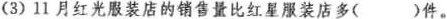
(3)11月红光服装店的销售量比红星服装店多()件。